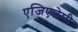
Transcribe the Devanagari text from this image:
एजिएतेमी